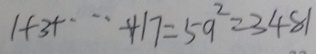
1 + 3 + \cdots + 1 7 = 5 9 ^ { 2 } = 3 4 8 1